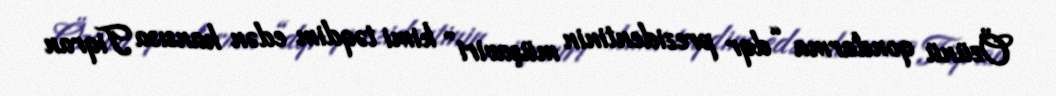
Özünü qondarma “dqr prezidentinin müşaviri” kimi təqdim edən hansısa Tiqran